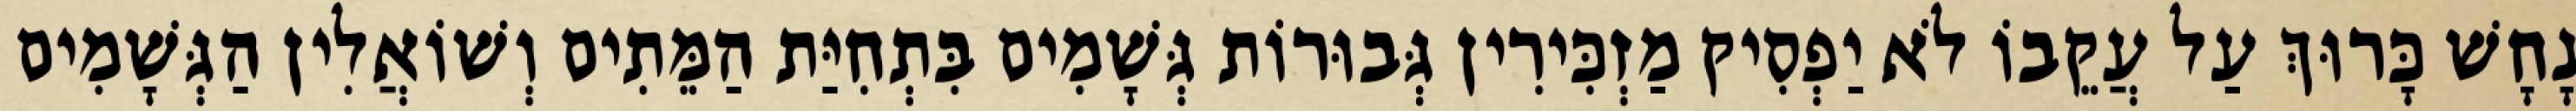
נָחָשׁ כָּרוּךְ עַל עֲקֵבוֹ לֹא יַפְסִיק מַזְכִּירִין גְּבוּרוֹת גְּשָׁמִים בִּתְחִיַּת הַמֵּתִים וְשׁוֹאֲלִין הַגְּשָׁמִים